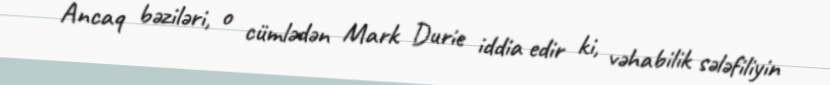
Ancaq bəziləri, o cümlədən Mark Durie iddia edir ki, vəhabilik sələfiliyin